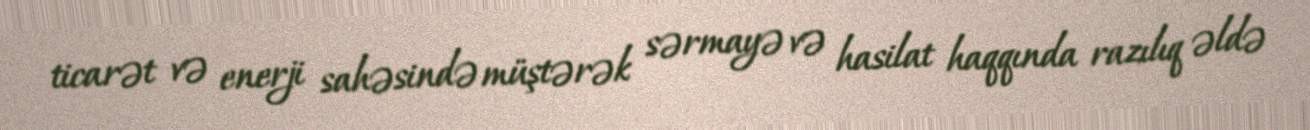
ticarət və enerji sahəsində müştərək sərmayə və hasilat haqqında razılıq əldə